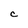
Character: C